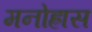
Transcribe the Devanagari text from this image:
मनोह्रास